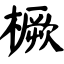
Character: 橛